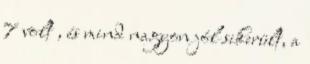
7 volt , és mind nagyon jól sikerült, a